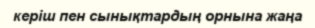
керіш пен сынықтардың орнына жаңа